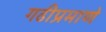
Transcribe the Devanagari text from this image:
गढीप्रमाणे